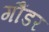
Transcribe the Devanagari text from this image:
गौंडर